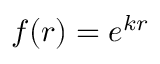
f ( r ) = e ^ { k r }